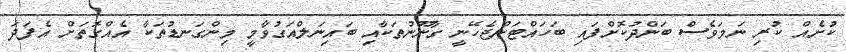
ކުށެއް ކުރި ނަމަވެސް ބަންދުކޮށްފައި ބަހައްޓަންޖެހޭނީ ގާނޫނުތަކާއި ބައިނަލްއަގުވާމީ މިންގަނޑުތަކާ އެއްގޮތަށް އެފަދަ